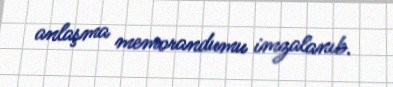
anlaşma memorandumu imzalanıb.